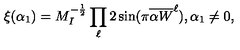
\xi ( \alpha _ { 1 } ) = M _ { I } ^ { - { \frac { 1 } { 2 } } } \prod _ { \ell } 2 \sin ( \pi { { \overline { { \alpha W } } } ^ { \ell } } ) , \alpha _ { 1 } \not = 0 ,